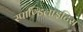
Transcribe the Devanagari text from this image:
स्पाण्डिलाइटिस